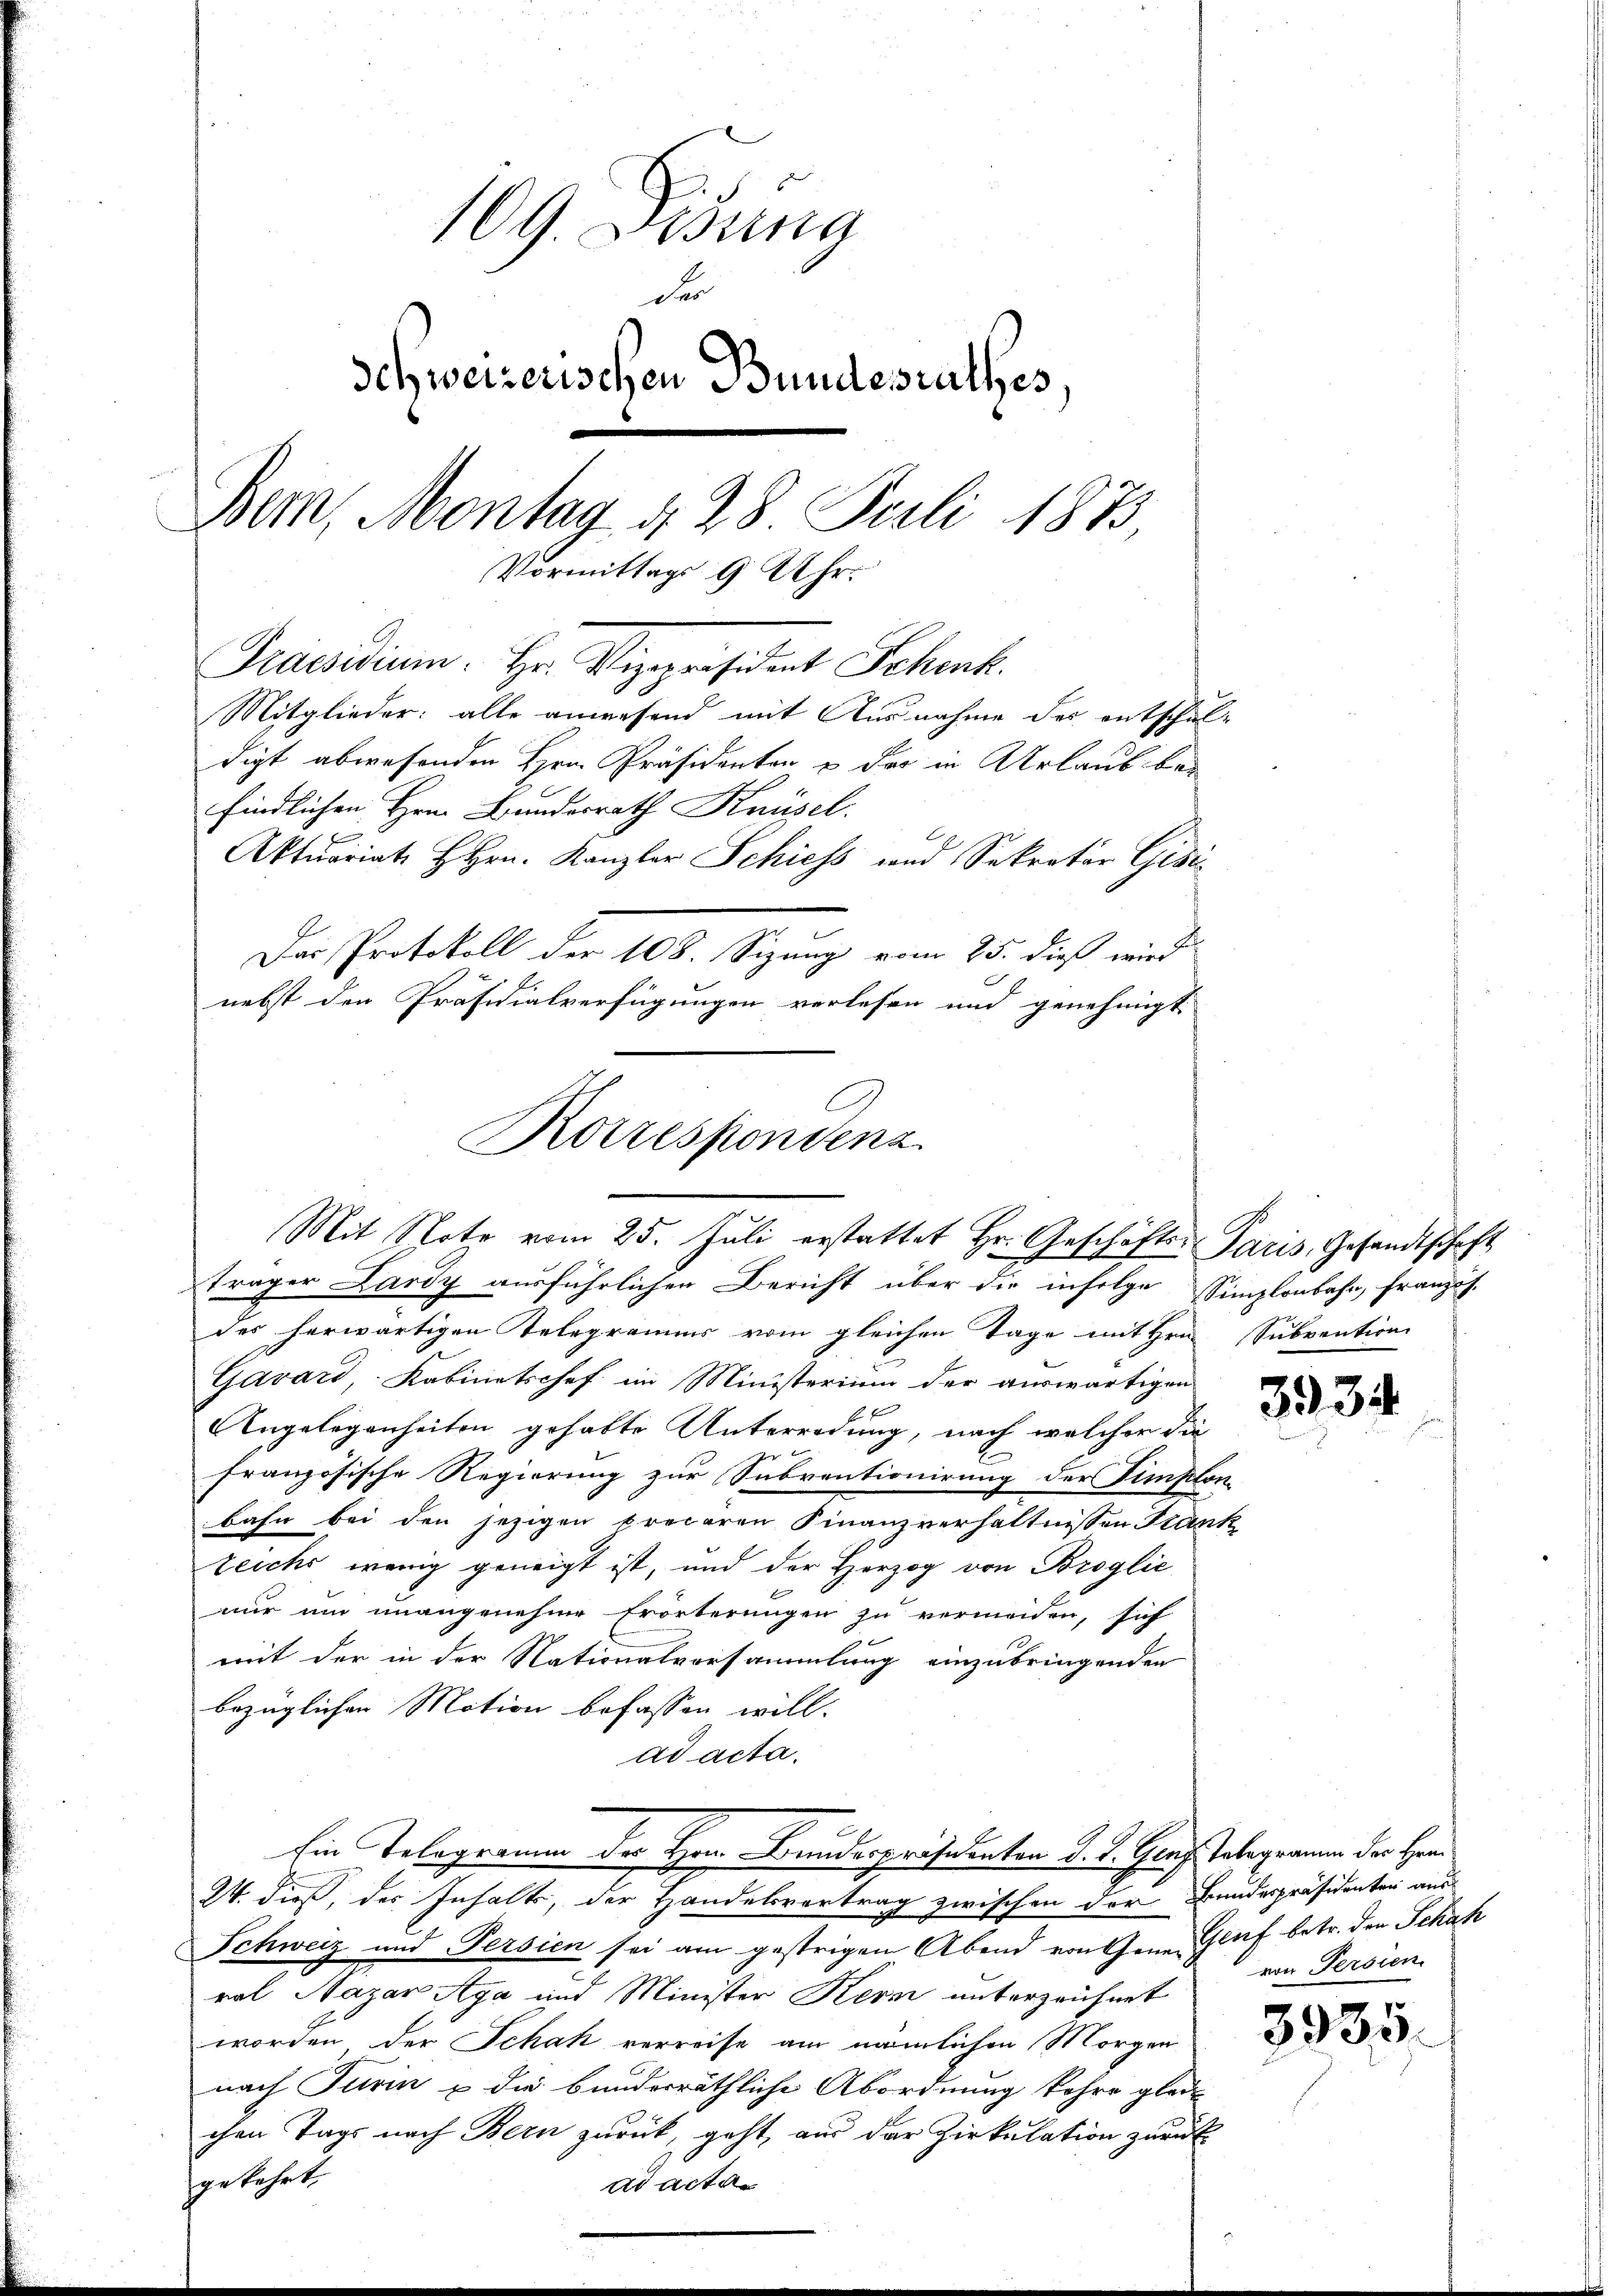
169. Beina
Der
dehweizerischen Bundesrathes
Bern, Montag 4. 28. Juli 1873,
Vormittags 9 Uhr
Präsidium. Hr. Vizepräsident Schenk.
Mitglieder: alle anwesend mit Ausnahme der entschul-
digt abwesenden Hrn. Präsidenten & das in Urlaub bei
findlichen Hrn. Bundesrath Knüsel.
Aktuariat Hrn. Kanzler Schiess und Sekrator Gisis
Das Protokoll der 108. Sizung vom 25. dieß wird.
nebst der Präsidialverfügungen verlesen und genehmigt.

Korrespondenz
Mit Note vom 25. Jŭli erstattet Hr. Geschäfts-Paris, Gesandtschaft

träger Lardy ausführlichen Bericht über die infolge Simplonbahn, Französ.
des herwärtigen Telegramms vom gleichen Tage mit Hrn. Subvention
Gavard, Kabinetschef im Ministerium der auswärtigen
Angelegenheiten gehabte Unterredung, nach welcher die
französische Regierung zur Subventionirung der Fimplon
bahn bei den jezigen Precaren Finanzverhältnissen Stank
Zeichs wenig geneigt ist, und der Herzog von Broglic
nur um unangenehme Erörterungen zu vermeiden, sich
mit der in der Nationalvorsammlung einzubringenden
bezüglichen Motion befassen will.
ad acta.
Ein Telegramm der Herr Bundespräsidenten d. d. Genf Telegramm der Herr
24. dieß, der Inhalts, der Handelsvertrag zwischen der Bundespräsidenten aus-
Schweiz und Persien sei am gestrigen Abend von Gener Genf betr. den Schah
ral Nazar Aga und Minister Kern unterzeichnet
worden der Schak verreise am nämlichen Morgen
nach Turin & die bunderräthliche Abordnung kehre gleic
chen Tags nach Bern zurück, geht, aus der Zirkulation zurück
gekehrt,
ad acta

3934

von Persien.

3935.